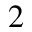
^ 2